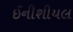
ઈનીશીયલ